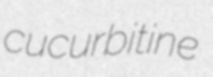
cucurbitine